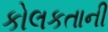
કોલકતાની